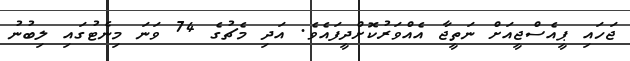
ޖަހައި ޕީއެސްޖީއަށް ނަތީޖާ އެއްވަރުކޮށްދީފައެވެ. އަދި މެޗުގެ 74 ވަނަ މިނެޓުގައި ލިބުނު